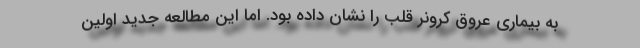
به بیماری عروق کرونر قلب را نشان داده بود. اما این مطالعه جدید اولین